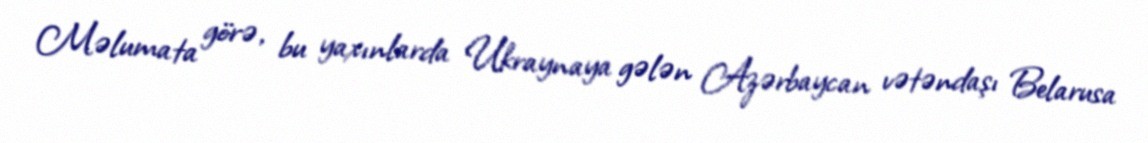
Məlumata görə, bu yaxınlarda Ukraynaya gələn Azərbaycan vətəndaşı Belarusa